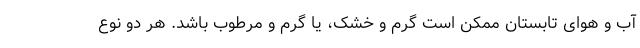
آب و هوای تابستان ممکن است گرم و خشک، یا گرم و مرطوب باشد. هر دو نوع